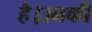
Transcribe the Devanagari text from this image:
है।उनकीं